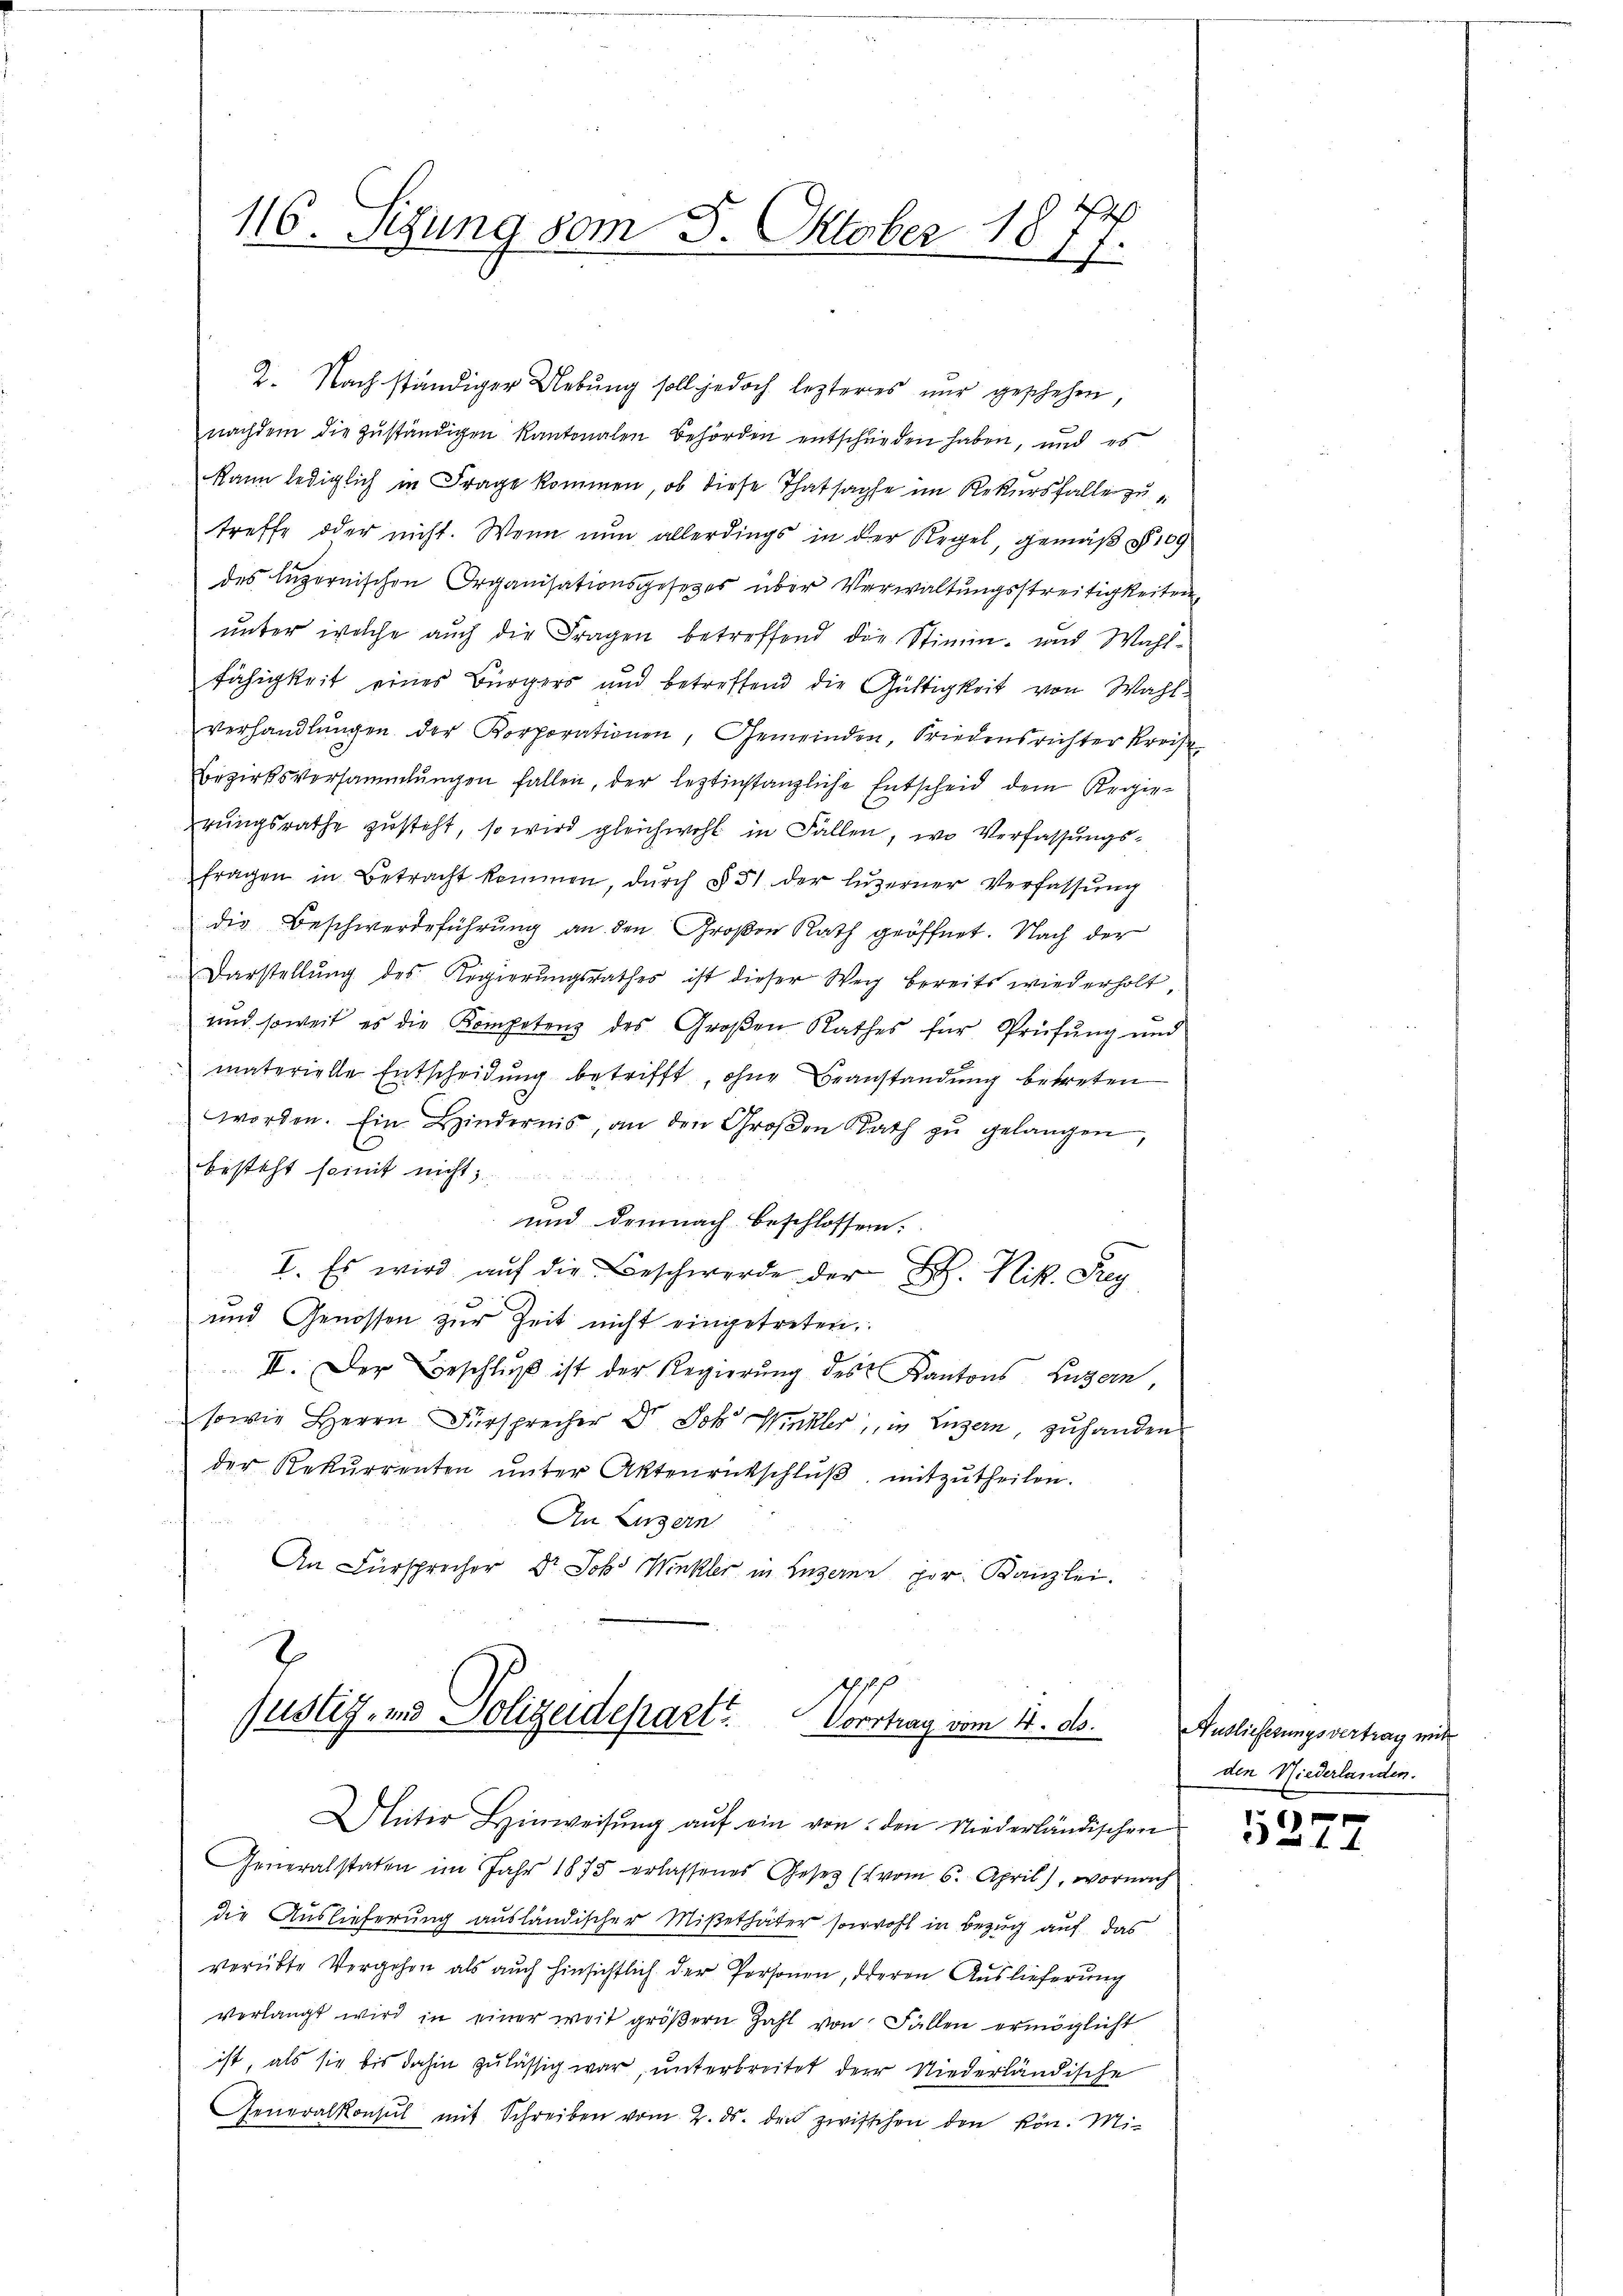
116. Sigung vom 5. Oktober 1877.

2. Nach ständiger Uebung soll jedoch lezteres nur geschehen,
nachdem die zuständigen Kantonalen Behörden entschieden haben, und es
kann lediglich in Frage kommen, ob diese Thatsagte im Rekursfalle zutreffe oder nicht. Wenn nun allerdings in der Regel, gemäß § 109
des Luzernischen Organisationsgesezes über Verwaltungsstreitigkeiten,
unter welche auch die Fragen betreffend die Stimm- und Wahlfähigkeit eines Bürgers und betreffend die Gültigkeit von Wahl-
verhandlŭngen der Korporationen, Gemeinden, Friedensrichter Kreise
Bezirksversammlungen fallen, der leztinstanzliche Entscheid dem Regie-
rungsrathe zusteht, so wird gleichwohl in Fallen, wo Verfassungsfragen in Betracht kommen, dŭrch § 51 der Lŭzerner Verfassŭng
die Beschwerdeführung an den Großen Rath geöffnet. Nach der
Darstellŭng des Regierŭngsrathes ist dieser Weg bereits wiederholt,
und soweit es die Kompetens des Großen Rathes für Prüfung und
materielle Entscheidung betrifft, ohne Beanstandung betreten
worden. Ein Hindernis, an den Groβen Rath zŭ gelangen,
besteht somit nicht
und demnach beschlossen.
I. Es wird auf die Beschwerde der B. Rik. Frey
und Genossen zur Zeit nicht eingetreten,
II. Der Beschlŭβ ist der Regierŭng des Kantons Luzern,
sowie Herrn Fürsprecher Dr. Joh. Winkler, in Luzern, zuhanden
der Rekurrenten ŭnter Akteŭrückschlŭβ mitzŭtheilen.
An Luzern
An Fürsprecher Dr. Joh. Winkler in Luzern per. Kanzlei.

2
Justiz- und Polizeidepart? Vorstag vom 4. ds.
Unter Hinweisŭng aŭf ein von den Niederländischen

Generalstaten im Jahr 1875 erlassenes Gesetz (vom 6. April), wornach
die Auslieferung ausländischer Mißethäter sowohl in Bezug auf das
verübte Vergehen als auch hinsichtlich der Personen, deren Auslieferung
verlangt wird in einer weit gröβern Zahl von Fällen ermöglicht
ist, als sie bis dahin zulässig war, unterbreitet der Niederländische
Generalkonsul mit Schreiben vom 2. ds. den zwischen den kön. Mi-

Auslieferungsvertrag mit
den Niederlanden.

6
44